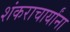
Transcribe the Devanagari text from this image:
शंकराचार्यांना